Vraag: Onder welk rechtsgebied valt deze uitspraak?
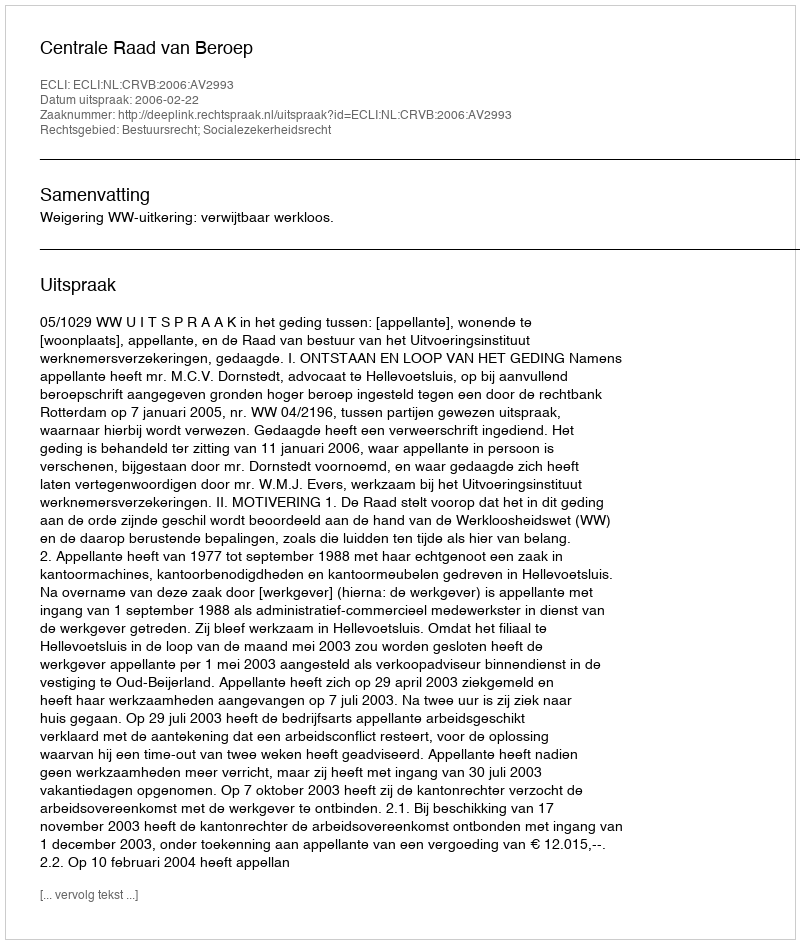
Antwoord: Bestuursrecht; Socialezekerheidsrecht